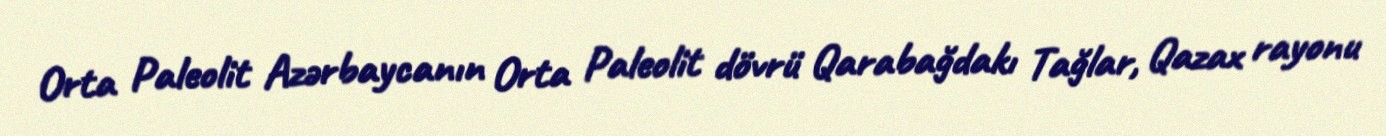
Orta Paleolit Azərbaycanın Orta Paleolit dövrü Qarabağdakı Tağlar, Qazax rayonu